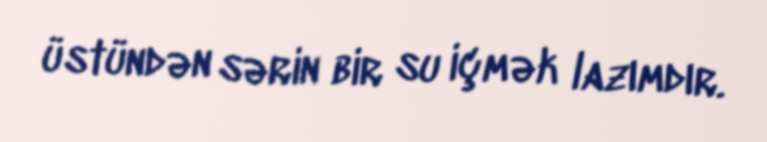
üstündən sərin bir su içmək lazımdır.